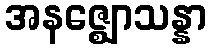
အနဇ္ဈောသန္နာ